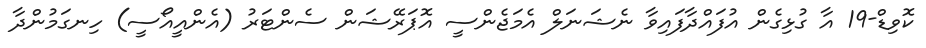
ކޮވިޑް-19 އާ ގުޅިގެން އުފައްދާފައިވާ ނެޝަނަލް އެމަޖެންސީ އޮޕަރޭޝަން ސެންޓަރު (އެންއީއޯސީ) ހިނގަމުންދާ